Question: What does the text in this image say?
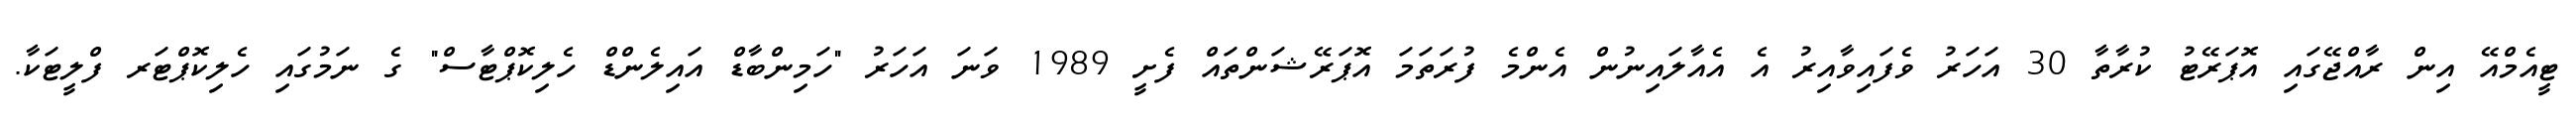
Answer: ޓީއެމްއޭ އިން ރާއްޖޭގައި އޮޕަރޭޓު ކުރާތާ 30 އަހަރު ވެފައިވާއިރު އެ އެއާލައިނުން އެންމެ ފުރަތަމަ އޮޕަރޭޝަންތައް ފެށީ 1989 ވަނަ އަހަރު "ހަމިންބާޑް އައިލެންޑް ހެލިކޮޕްޓާސް" ގެ ނަމުގައި ހެލިކޮޕްޓަރ ފްލީޓަކާ.